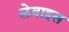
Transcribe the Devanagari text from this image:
लेवाइस